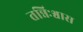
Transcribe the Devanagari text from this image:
तन्निःश्वास